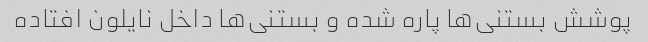
پوشش بستنی‌ها پاره شده و بستنی‌ها داخل نایلون افتاده